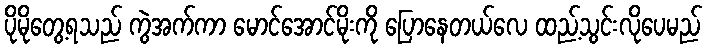
ပိုမိုတွေ့ရသည် ကွဲအက်ကာ မောင်အောင်မိုးကို ပြောနေတယ်လေ ထည့်သွင်းလိုပေမည်